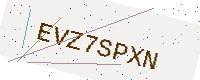
Text: EVZ7SPXN